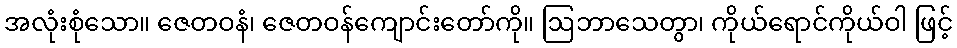
အလုံးစုံသော။ ဇေတဝနံ၊ ဇေတဝန်ကျောင်းတော်ကို။ ဩဘာသေတွာ၊ ကိုယ်ရောင်ကိုယ်ဝါ ဖြင့်